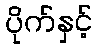
ပိုက်နှင့်